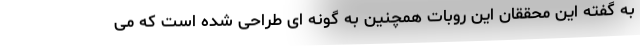
به گفته این محققان این روبات همچنین به گونه ای طراحی شده است که می